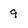
Character: 9